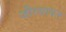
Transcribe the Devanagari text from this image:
जीरसायन